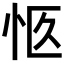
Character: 𪫨